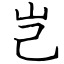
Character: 岂